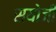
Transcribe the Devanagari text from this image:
सयोजी